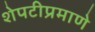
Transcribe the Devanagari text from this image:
शेपटीप्रमाणे